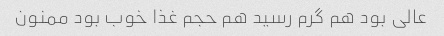
عالی بود هم گرم رسید هم حجم غذا خوب بود ممنون